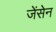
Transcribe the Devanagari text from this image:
जेंसेन